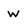
Character: w